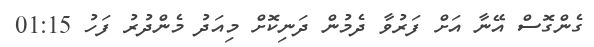
ގެންގޮސް އޭނާ އަށް ފަރުވާ ދެމުން ދަނިކޮށް މިއަދު މެންދުރު ފަހު 01:15